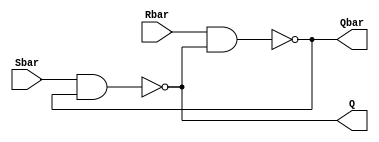
module SR_latch(Q, Qbar, Sbar, Rbar);

output Q, Qbar;
input Sbar, Rbar;

wire Q, Qbar;
wire Sbar, Rbar; 

nand n1(Q, Sbar, Qbar);
nand n2(Qbar, Rbar, Q);

endmodule